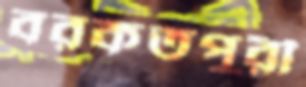
বরকতপুরী